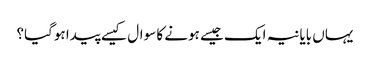
یہاں بایانیہ ایک جیسے ہونے کا سوال کیسے پیدا ہوگیا؟